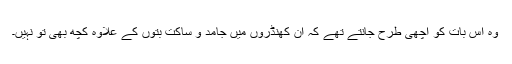
وہ اس بات کو اچھی طرح جانتے تھے کہ ان کھنڈروں میں جامد و ساکت بتوں کے علاوہ کچھ بھی تو نہیں۔